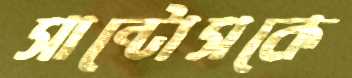
সান্টোসকে